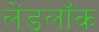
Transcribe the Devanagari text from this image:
लेंडलॉक